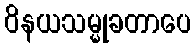
ဝိနယသမ္မုခတာပေ